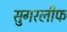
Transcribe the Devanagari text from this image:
सुगरलीफ